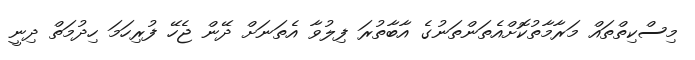
މިސްކިތްތައް މަރާމާތުކޮށްއެތަންތަނުގެ އާބާތުރަ ފިލުވާ އެތަނަށް ދޭން ޖެހޭ ފުރިހަމަ ހިދުމަތް ދިނީ